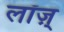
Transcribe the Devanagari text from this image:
लॉज़्